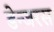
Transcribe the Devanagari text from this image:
डेन्जरस